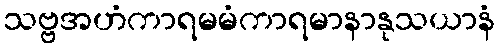
သဗ္ဗအဟံကာရမမံကာရမာနာနုသယာနံ